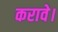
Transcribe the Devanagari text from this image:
करावे।